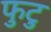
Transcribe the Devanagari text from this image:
फुटु